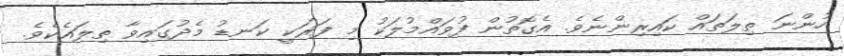
ހުންނަ ތިލަތައް ކައިރިންނެވެ. އެގޮތުން ފުވައްމުލަކު މި ފަރަކީ ކަނޑު މެދުގައިވާ ތިލައެކެވެ.